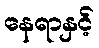
နေရာနှင့်